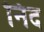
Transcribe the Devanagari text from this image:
निद